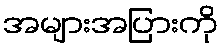
အများအပြားကို